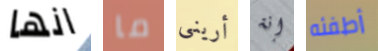
انها ما أريني إنة أطفئه